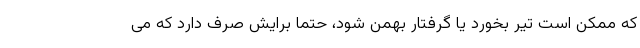
که ممکن است تیر بخورد یا گرفتار بهمن شود، حتما برایش صرف دارد که می